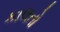
કાલતો